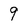
Character: 9